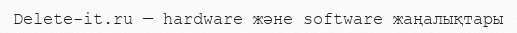
Delete-it.ru — hardware және software жаңалықтары